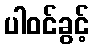
ပါဝင်ခွင့်